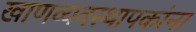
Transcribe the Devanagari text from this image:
खाणव्यवस्थापकांना